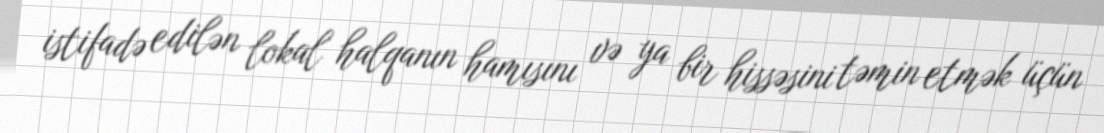
istifadə edilən lokal halqanın hamısını və ya bir hissəsini təmin etmək üçün